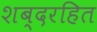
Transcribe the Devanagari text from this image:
शब्दरहित